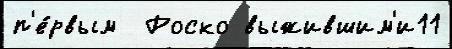
п'е́рвым  Роско выжившим'и11